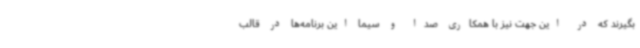
بگیرند که در این جهت نیز با همکاری صدا و سیما این برنامه‌ها در قالب